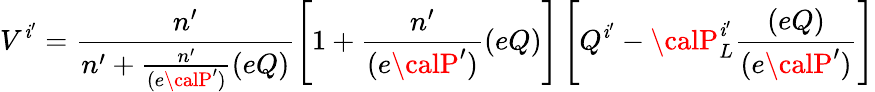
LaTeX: V^{\mathit{i}^{\prime}}=\frac{{n^{\prime}}}{{n^{\prime}+\frac{{n^{\prime}}}{{(e{\calP}^{\prime})}}(eQ)}}\left[1+\frac{{n^{\prime}}}{{(e{\calP}^{\prime})}}(eQ)\right]\left[Q^{\mathit{i}^{\prime}}-{\calP}_{L}^{\mathit{i}^{\prime}}\frac{{(eQ)}}{{(e{\calP}^{\prime})}}\right]